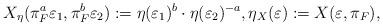
LaTeX: \begin{align*} X_\eta(\pi_F^a\varepsilon_1,\pi_F^b\varepsilon_2):=\eta(\varepsilon_1)^b\cdot\eta(\varepsilon_2)^{-a}, \eta_X(\varepsilon):=X(\varepsilon,\pi_F), \end{align*}